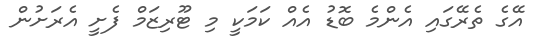
އޭގެ ތެރޭގައި އެންމެ ބޮޑު އެއް ކަމަކީ މި ޓޫރިޒަމް ފެށީ އެރަށުން